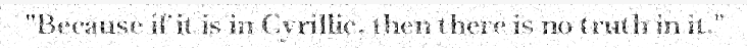
"Because if it is in Cyrillic, then there is no truth in it."